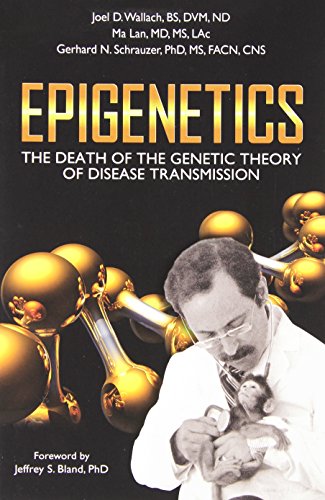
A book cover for Epigenetics: The Death of the Genetic Theory of Disease Transmission; Joel Wallach; Medical Books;